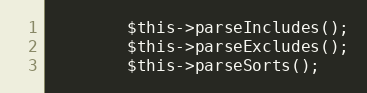
Language: PHP
        $this->parseIncludes();
        $this->parseExcludes();
        $this->parseSorts();